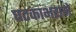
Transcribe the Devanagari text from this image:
घटकाभराने